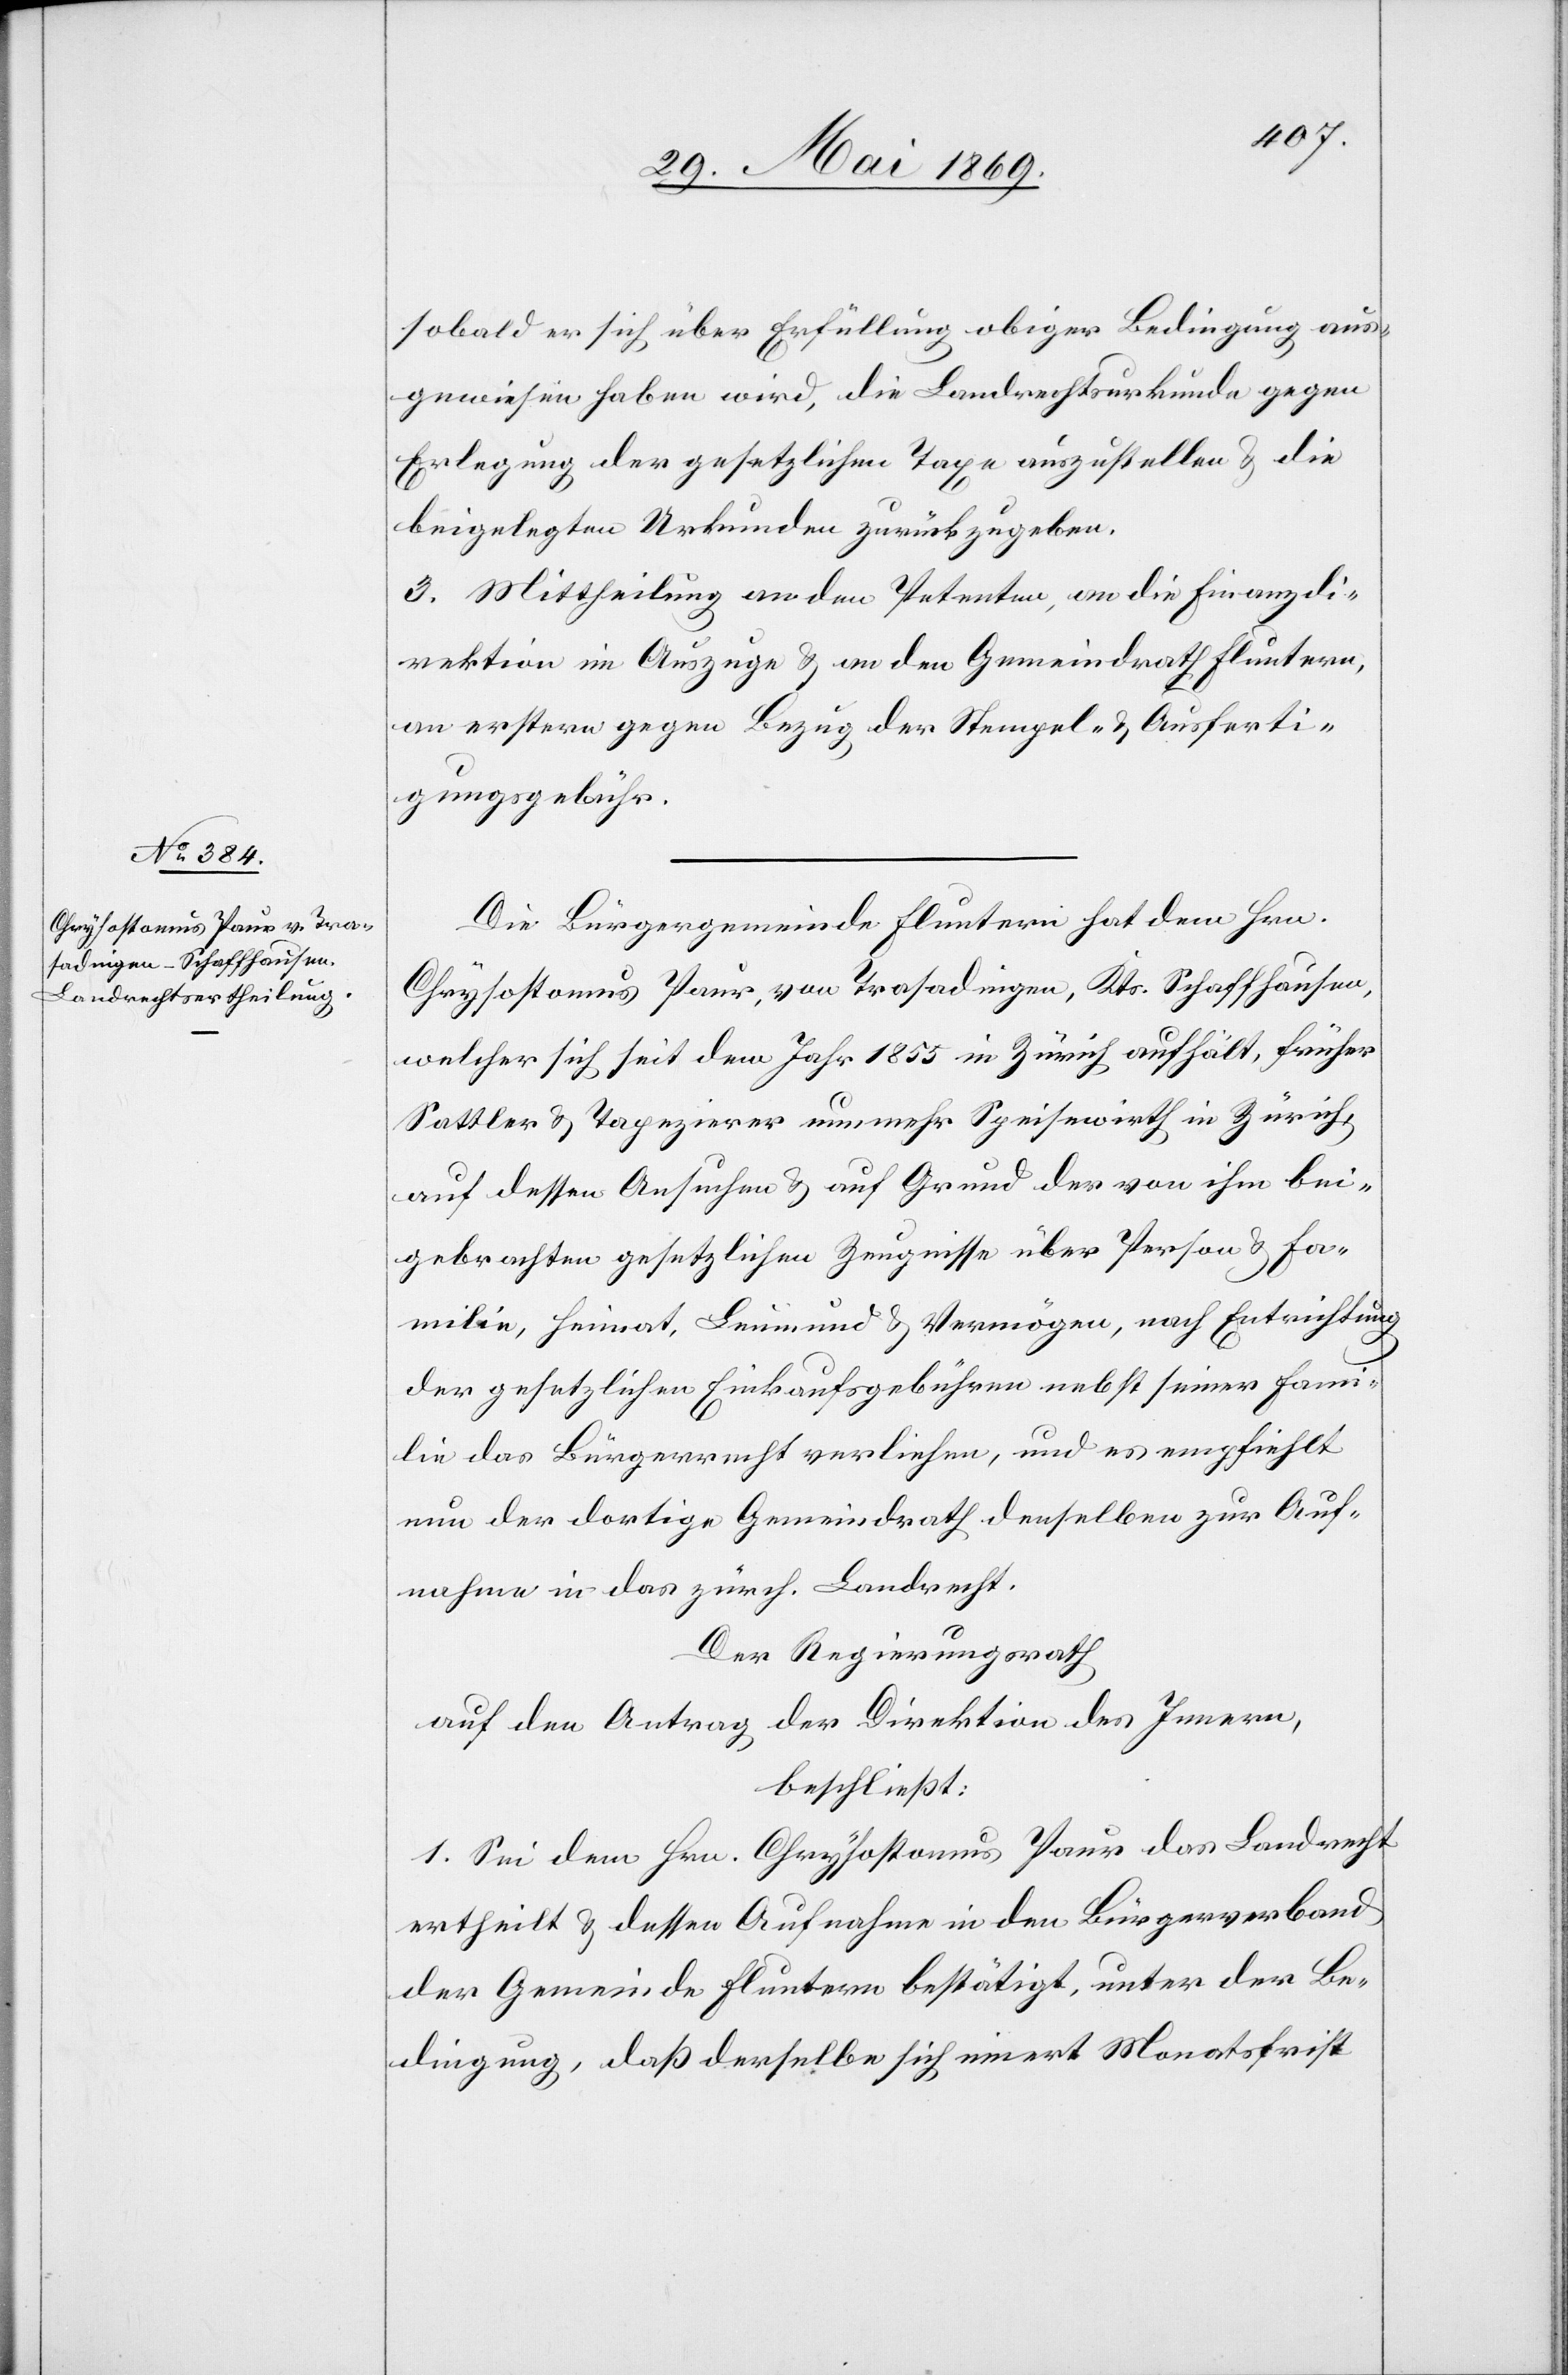
sobald er sich über Erfüllung obiger Bedingung aus¬
gewiesen haben wird, die Landrechtsurkunde gegen
Erlegung der gesetzlichen Taxe auszustellen u. die
beigelegten Urkunden zurückzugeben.
3. Mittheilung an den Petenten, an die Finanzdi¬
rektion im Auszuge u. an den Gemeindrath Fluntern,
an erstern gegen Bezug der Stempel u. Ausferti¬
gungsgebühr.
Die Bürgergemeinde Fluntern hat dem Hrn.
Chrysostomus Paur, von Trasadingen, Kts. Schaffhausen,
welcher sich seit dem Jahr 1855 in Zürich aufhält, früher
Sattler u. Tapezierer nunmehr Speisewirth in Zürich,
auf dessen Ansuchen u. auf Grund der von ihm bei¬
gebrachten gesetzlichen Zeugnisse über Person u. Fa¬
milie, Heimat, Leumund u. Vermögen, nach Entrichtung
der gesetzlichen Einkaufsgebühren nebst seiner Fami¬
lie das Bürgerrecht verliehen, und es empfiehlt
nun der dortige Gemeindrath denselben zur Auf¬
nahme in das zürch. Landrecht.
Der Regierungsrath
auf den Antrag der Direktion des Innern,
beschließt:
1. Sei dem Hrn. Chrysostomus Paur das Landrecht
ertheilt u. dessen Aufnahme in den Bürgerverband
der Gemeinde Fluntern bestätigt, unter der Be¬
dingung, daß derselbe sich innert Monatsfrist